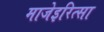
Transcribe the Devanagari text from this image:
माजेइरित्सा